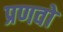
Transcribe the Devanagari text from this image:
प्रणवो